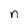
Character: n